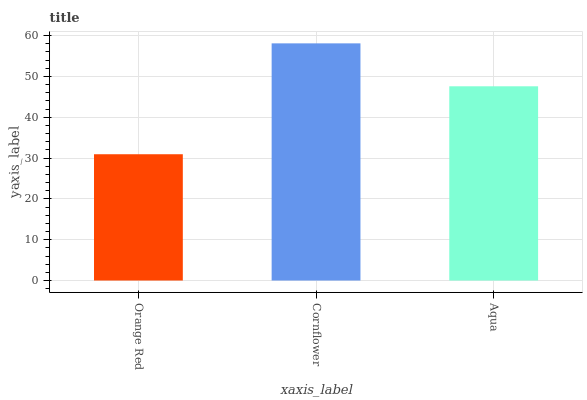
| xaxis_label | bars |
 | --- | --- |
 | Orange Red | 30.9 |
 | Cornflower | 58.1 |
 | Aqua | 47.6 |